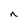
Character: n